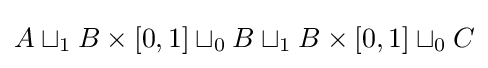
A\sqcup _{1}B\times [0,1]\sqcup _{0}B\sqcup _{1}B\times [0,1]\sqcup _{0}C